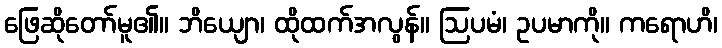
ဖြေဆိုတော်မူ၏။ ဘိယျော၊ ထိုထက်အလွန်။ ဩပမံ၊ ဥပမာကို။ ကရောဟိ၊